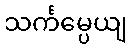
သင်္ကမ္ပေယျ